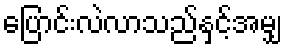
ပြောင်းလဲလာသည်နှင့်အမျှ